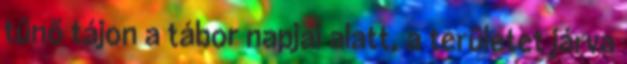
tűnő tájon a tábor napjai alatt, a területet járva